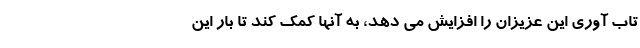
تاب آوری این عزیزان را افزایش می دهد، به آنها کمک کند تا بار این